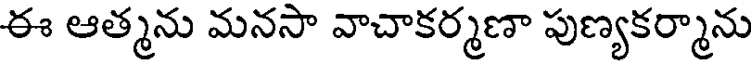
ఈ ఆత్మను మనసా వాచాకర్మణా పుణ్యకర్మాను